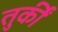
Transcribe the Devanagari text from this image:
तुर्कीं